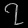
Digit: ၇